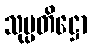
သုပ္ပတိဋ္ဌော